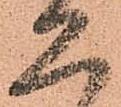
見